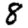
Digit: 8